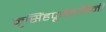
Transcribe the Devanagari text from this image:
नृसिंहपूर्वतापिनी